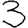
Digit: 3